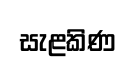
සැළකිණ